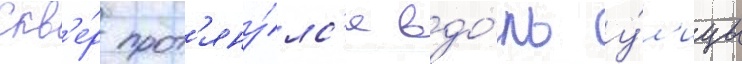
Скв'е́р прот'яну́лс'я вдо́ль у́л'ицы